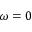
\omega = 0